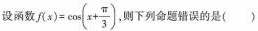
设函数 $$f(x)= \cos(x+ \frac{\pi}{3})$$ 则下列命题错误的是( )